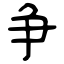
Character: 争